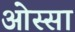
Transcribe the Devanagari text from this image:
ओस्सा